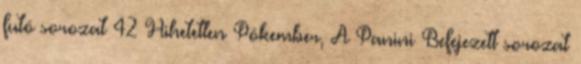
futó sorozat 42 Hihetetlen Pókember, A Panini Befejezett sorozat